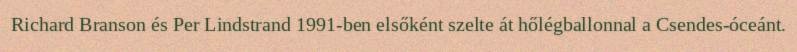
Richard Branson és Per Lindstrand 1991-ben elsőként szelte át hőlégballonnal a Csendes-óceánt.